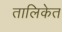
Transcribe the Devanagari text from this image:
तालिकेत